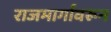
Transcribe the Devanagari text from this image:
राजमार्गावरून